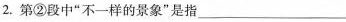
2.第②段中”不一样的景象”是指_。